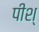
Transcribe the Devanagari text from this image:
पीश्